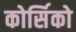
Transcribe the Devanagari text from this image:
कोर्सिको